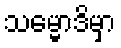
သမ္မောဒိမှာ